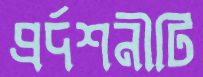
প্রর্দশনীটি